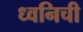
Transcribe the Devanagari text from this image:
ध्वनिची